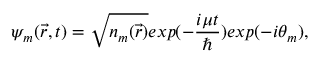
\psi _ { m } ( \vec { r } , t ) = \sqrt { n _ { m } ( \vec { r } ) } e x p ( - \frac { i \mu t } { \hbar } ) e x p ( - i \theta _ { m } ) ,